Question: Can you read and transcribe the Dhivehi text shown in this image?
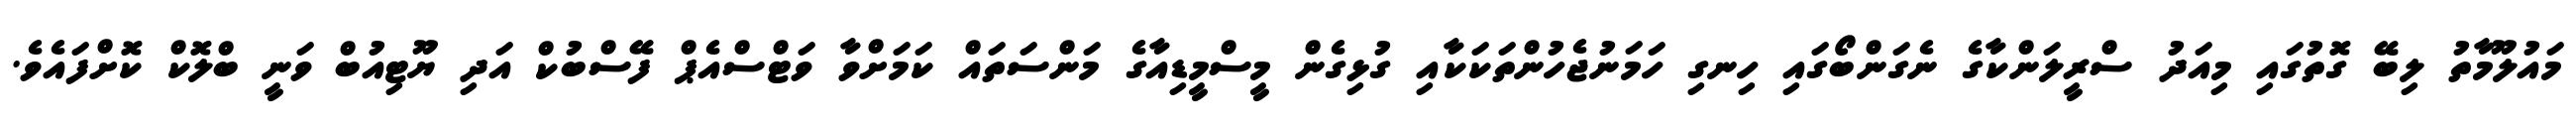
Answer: މައުލޫމާތު ލިބޭ ގޮތުގައި މިއަދު ސްރީލަންކާގެ ނެގަންބޯގައި ހިނގި ހަމަނުޖެހުންތަކަކާއި ގުޅިގެން މީސްމީޑިއާގެ މަންސަތައް ކަމަށްވާ ވަޓްސްއެޕް ފޭސްބުކް އަދި ޔޫޓިއުބް ވަނީ ބްލޮކް ކޮށްފައެވެ.